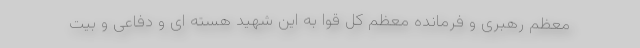
معظم رهبری و فرمانده معظم کل قوا به این شهید هسته ای و دفاعی و بیت